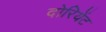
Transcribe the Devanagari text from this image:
दोरियेंट